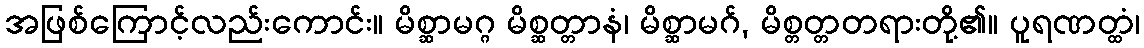
အဖြစ်ကြောင့်လည်းကောင်း။ မိစ္ဆာမဂ္ဂ မိစ္ဆတ္တာနံ၊ မိစ္ဆာမဂ်, မိစ္တတ္တတရားတို့၏။ ပူရဏတ္ထံ၊